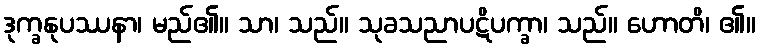
ဒုက္ခနုပဿနာ၊ မည်၏။ သာ၊ သည်။ သုခသညာပဋိပက္ခာ၊ သည်။ ဟောတိ၊ ၏။